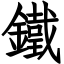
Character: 鐵